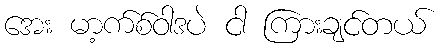
အေး မာ့က်စ်ဝါဒပဲ ငါ ကြားချင်တယ်